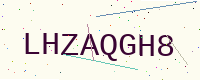
Text: LHZAQGH8